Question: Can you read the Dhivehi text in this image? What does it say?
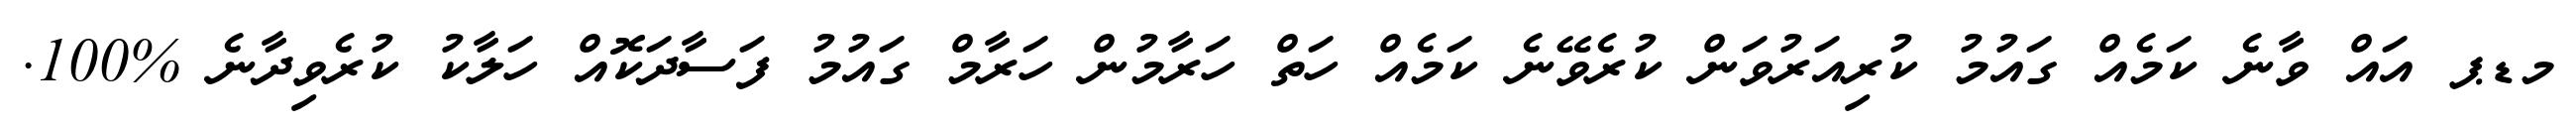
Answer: މޑޕ އައް ވާނެ ކަމެއް ގައުމު ކުރިއަރުވަން ކުރެވޭނެ ކަމެއް ހަތް ހަރާމުން ހަރާމް ގައުމު ފަސާދަކޮއް ހަލާކު ކުރެވިދާނެ %100.